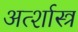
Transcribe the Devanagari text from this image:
अर्त्शास्त्र